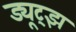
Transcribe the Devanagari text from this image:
ड्यूट्झ